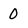
Character: 0